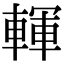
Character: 䡣